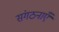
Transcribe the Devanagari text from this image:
संगठनाएँ